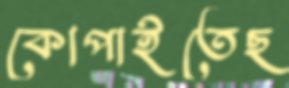
কোপাইতেছ